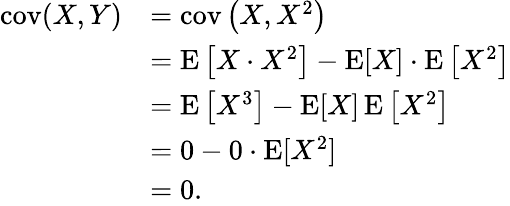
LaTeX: {\begin{array}{rl}{\operatorname{cov}(X,Y)}&{=\operatorname{cov}\left(X,X^{2}\right)}\\ &{=\operatorname{E}\left[X\cdot X^{2}\right]-\operatorname{E}[X]\cdot\operatorname{E}\left[X^{2}\right]}\\ &{=\operatorname{E}\left[X^{3}\right]-\operatorname{E}[X]\operatorname{E}\left[X^{2}\right]}\\ &{=0-0\cdot\operatorname{E}[X^{2}]}\\ &{=0.}\end{array}}